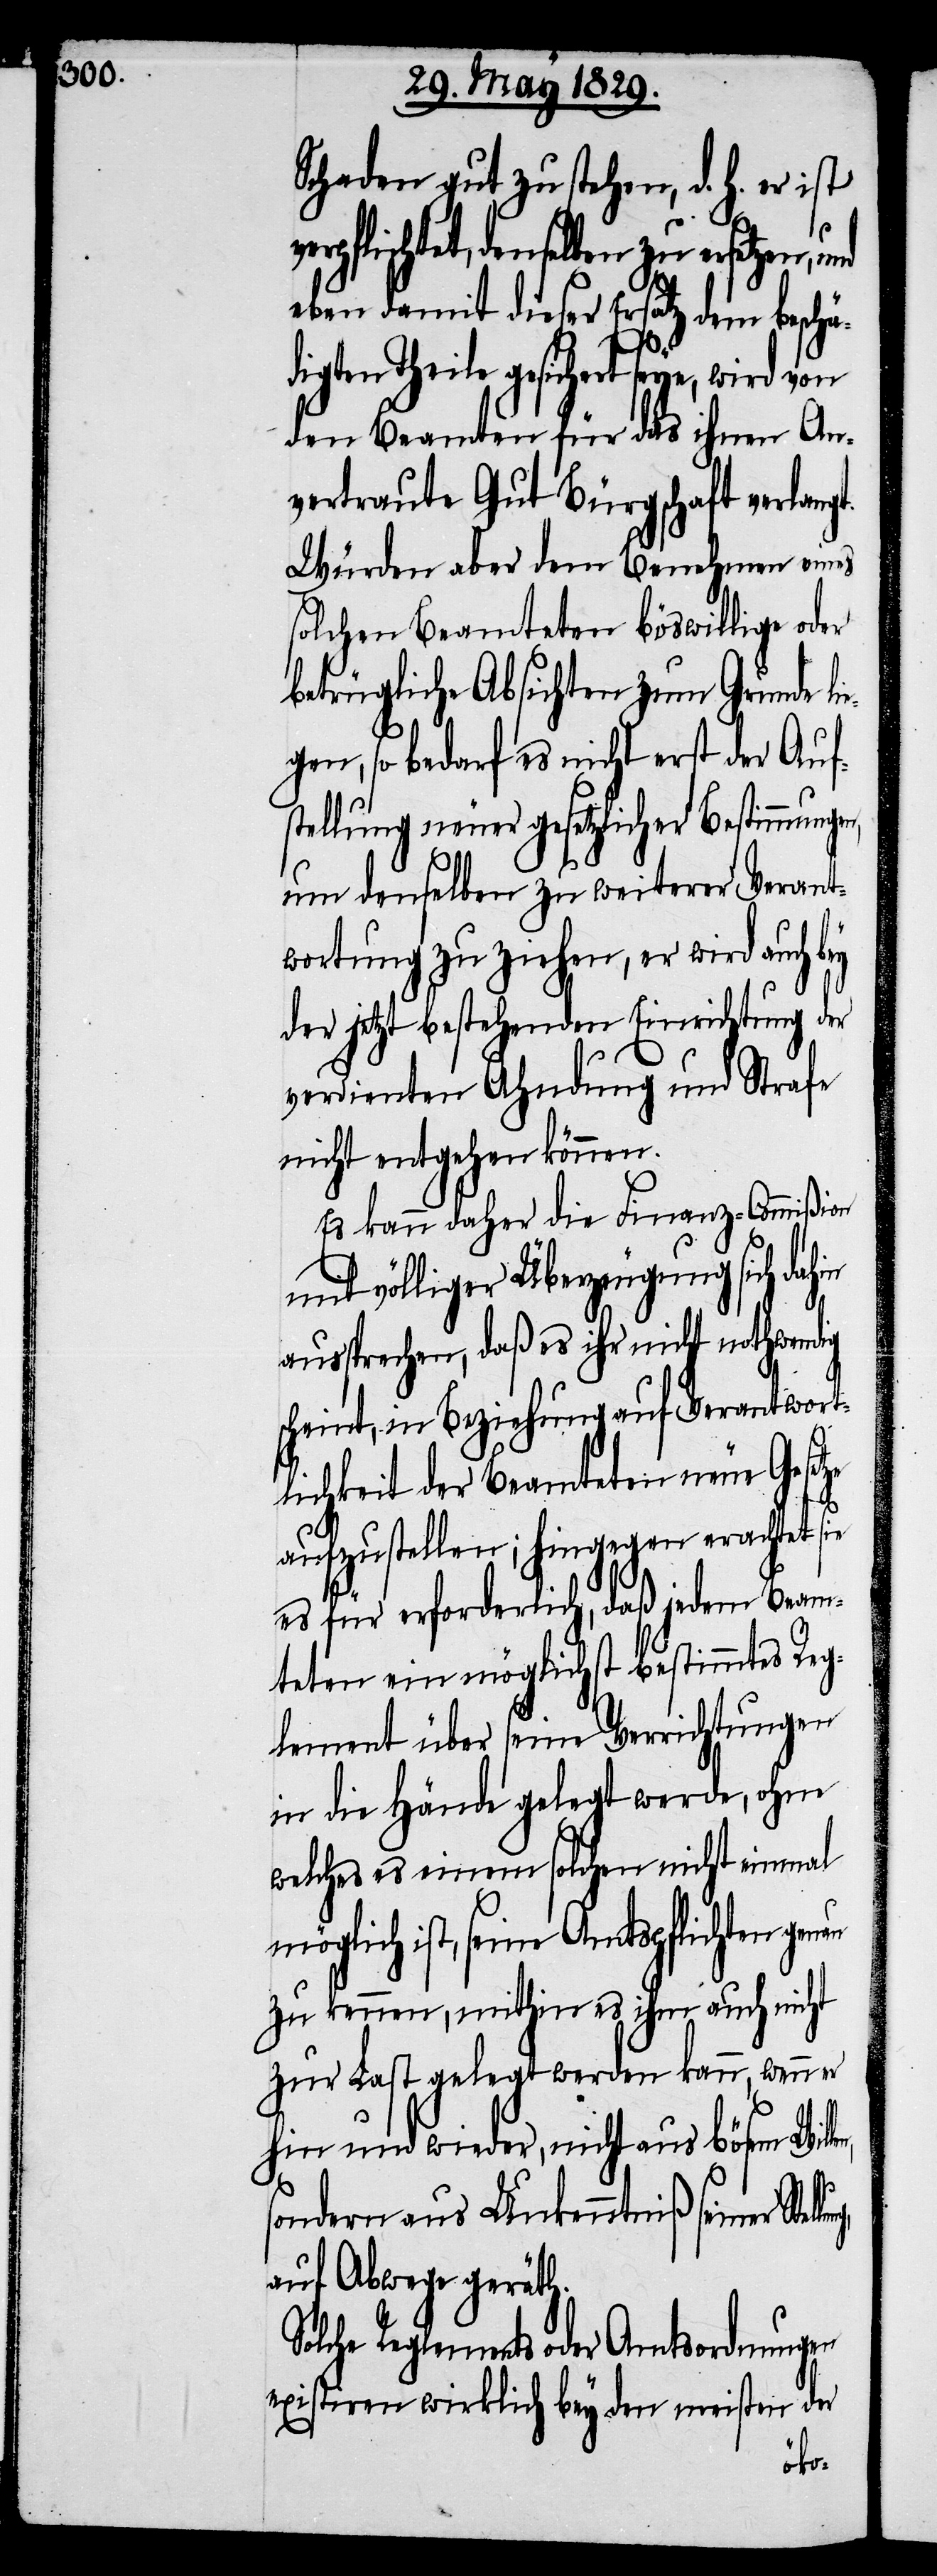
Schaden gut zu stehen, d. h. er ist
pflichtet, denselben zu ersetzen,
eben damit dieser Ersatz dem beschä¬
digten Theile gesichert seye,
den Beamten für das ihnen An¬
vertraute Gut Bürgschaft verlang¬
Würden aber dem Benehmen eines
solchen Beamteten böswillige oder
betrügliche Absichten zum Grunde li¬
egen, so bedarf es nicht erst der Auf¬
stellung neuer gesetzlichen Bestimmungen,
um denselben zu weiterer Verant¬
wortung zu ziehen, er wird auch
der jetzt bestehenden Einrichtung der
verdienten Ahndung und Strafe
nicht entgehen können.
Es kann daher die Finanz-Commißion
mit völliger Überzeugung sich dahin
aussprechen, daß es ihr nicht nothwendig
scheint, in Beziehung auf Verantwort¬
lichkeit der Beamteten neue Gesetze
aufzustellen; hingegen erachtet sie
es für erforderlich, daß jedem Beam¬
teten ein möglichst bestimmtes Reg¬
lement über seine Verrichtungen
in die Hände gelegt werde, ohne
welches es einem solchen nicht einmal
möglich ist, seine Amtspflichten
zu kennen, mithin es ihm auch nicht
zur Last gelegt werden kann, wenn er
hin und wieder, nicht aus bösem Will¬
sondern aus Unkenntniß seiner Stel¬
auf Abwege geräth.
Solche Reglements oder Amtsordnungen
existiren wirklich bey den meisten der
lung,